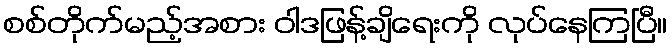
စစ်တိုက်မည့်အစား ဝါဒဖြန့်ချိရေးကို လုပ်နေကြပြီ။